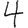
Digit: 4